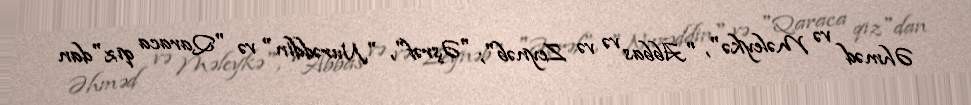
Əhməd və Məleykə", "Abbas və və Zeynəb"; "Əşrəf", "Nurəddin" və "Qaraca qız"dan